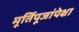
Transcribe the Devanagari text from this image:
मूर्तिपूजांपेक्षा